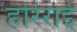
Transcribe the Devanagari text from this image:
हरिराई